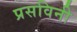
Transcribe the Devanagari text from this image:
प्रसविनी